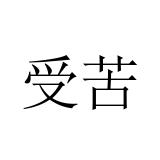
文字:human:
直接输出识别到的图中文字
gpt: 受苦